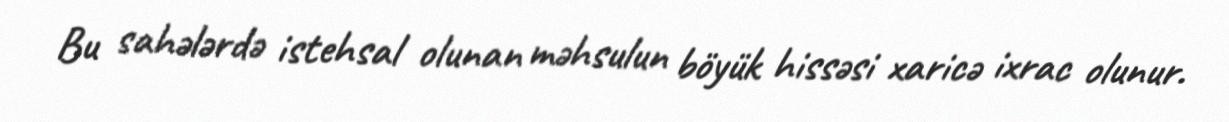
Bu sahələrdə istehsal olunan məhsulun böyük hissəsi xaricə ixrac olunur.